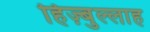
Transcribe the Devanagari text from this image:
हिज़्बुल्लाह